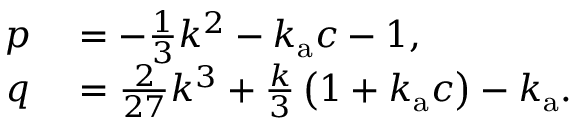
\begin{array} { r l } { p } & { { } = - \frac { 1 } { 3 } k ^ { 2 } - k _ { \mathrm { a } } c - 1 , } \\ { q } & { { } = \frac { 2 } { 2 7 } k ^ { 3 } + \frac { k } { 3 } \left( 1 + k _ { \mathrm { a } } c \right) - k _ { \mathrm { a } } . } \end{array}